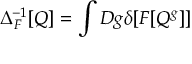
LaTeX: \Delta _ { F } ^ { - 1 } [ Q ] = \int { \cal D } g \delta [ F [ Q ^ { g } ] ]